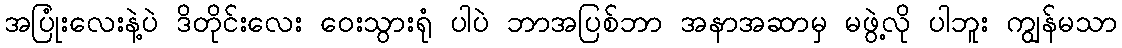
အပြုံးလေးနဲ့ပဲ ဒိတိုင်းလေး ဝေးသွားရုံ ပါပဲ ဘာအပြစ်ဘာ အနာအဆာမှ မဖွဲ့လို ပါဘူး ကျွန်မသာ